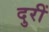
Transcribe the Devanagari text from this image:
दुरीं